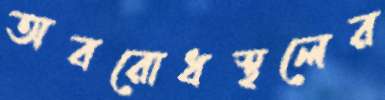
অবরোধস্থলের